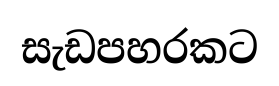
සැඩපහරකට